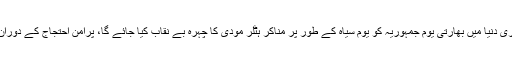
ورلڈ سکھ پارلیمنٹ کے ترجمان سرداررنجیت سنگھ کا کہنا ہے کہ 26 جنوری کو پوری دنیا میں بھارتی یوم جمہوریہ کو یوم سیاہ کے طور پر مناکر ہٹلر مودی کا چہرہ بے نقاب کیا جائے گا، پرامن احتجاج کے دوران مقبوضہ کشمیر میں بے رحم اور سفاک بھارتی حکومت کو کرارا جواب دیا جائے گا۔